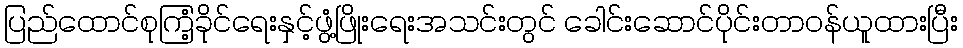
ပြည်ထောင်စုကြံ့ခိုင်ရေးနှင့်ဖွံ့ဖြိုးရေးအသင်းတွင် ခေါင်းဆောင်ပိုင်းတာဝန်ယူထားပြီး